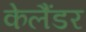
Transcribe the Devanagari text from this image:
केलैंडर